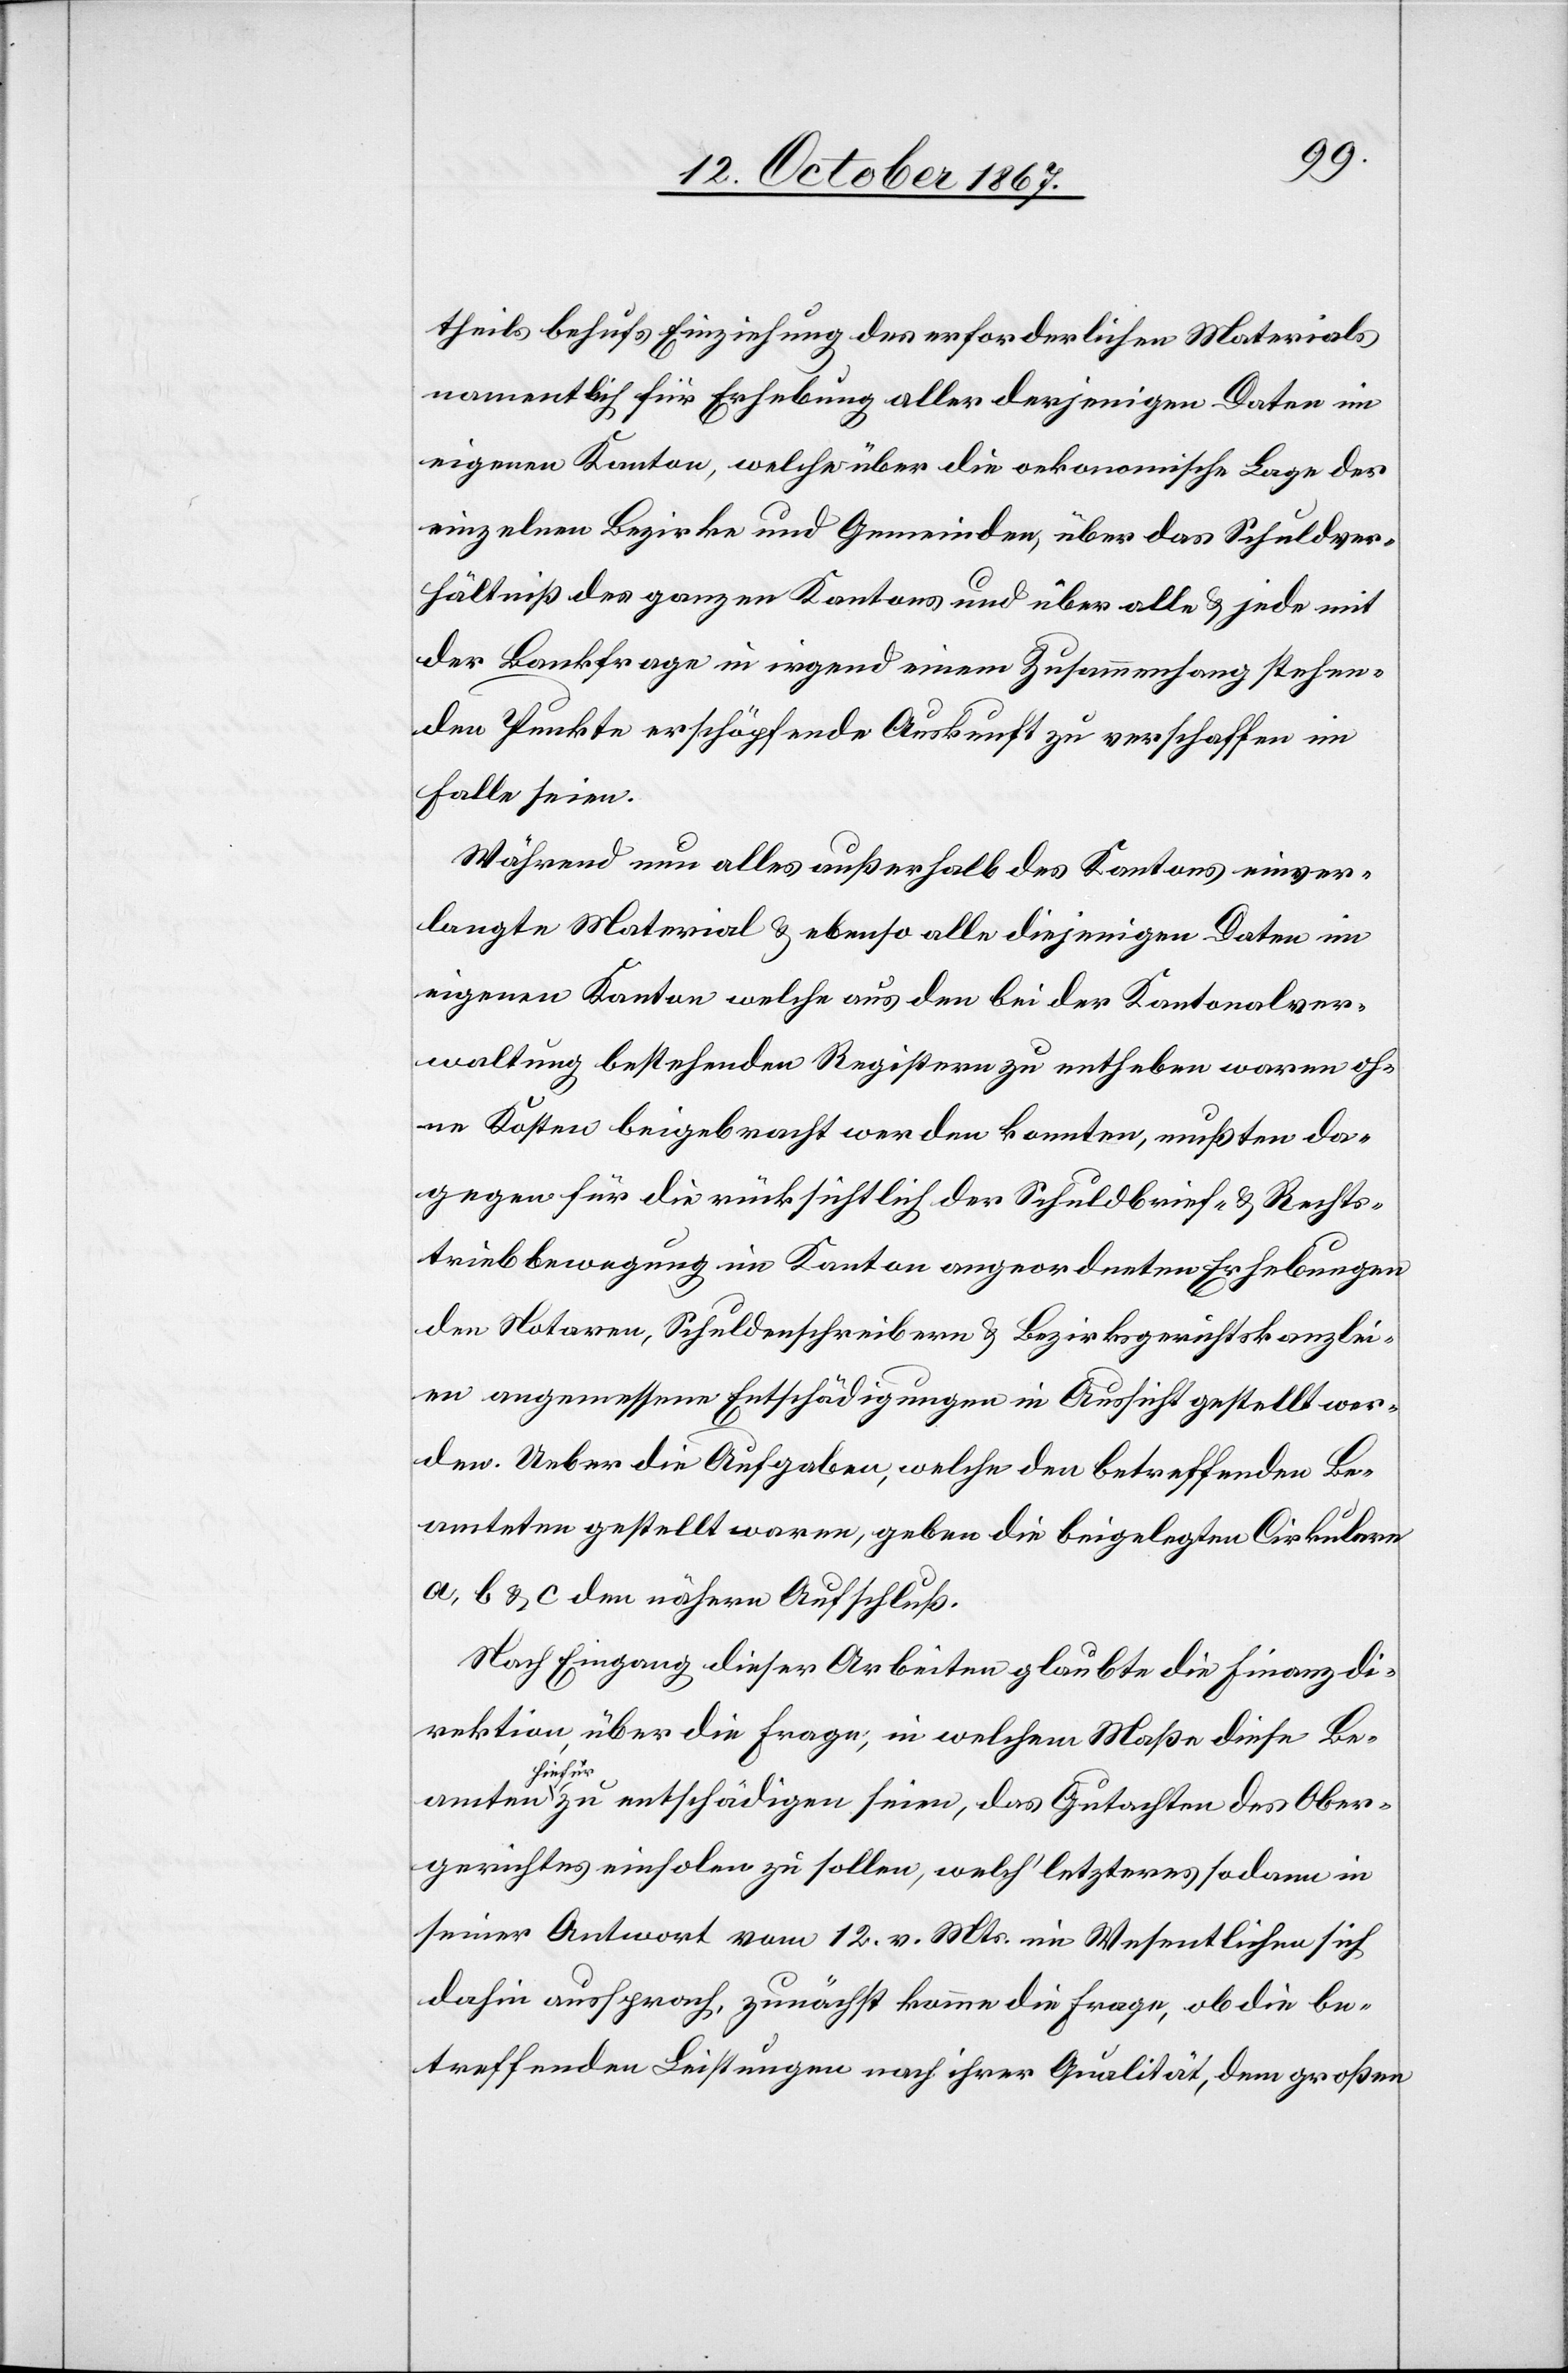
theils behufs Einziehung des erforderlichen Materials
namentlich für Erhebung aller derjenigen Daten im
eigenen Kanton, welche über die oekonomische Lage der
einzelnen Bezirke und Gemeinden, über das Schuldver¬
hältniß des ganzen Kantons und über alle u. jede mit
der Bankfrage in irgend einem Zusammenhang stehen¬
den Punkte erschöpfende Auskunft zu verschaffen im
Falle seien.
Während nun alles außerhalb des Kantons einver¬
langte Material u. ebenso alle diejenigen Daten im
eigenen Kanton welche aus den bei der Kantonalver¬
waltung bestehenden Registern zu entheben waren oh¬
ne Kosten beigebracht werden konnten, mußten da¬
gegen für die rücksichtlich der Schuldbrief- u. Rechts¬
triebbewegungen im Kanton angeordneten Erhebungen
den Notaren, Schuldenschreibern u. Bezirksgerichtskanzlei¬
en angemessene Entschädigungen in Aussicht gestellt wer¬
den. Ueber die Aufgaben, welche den betreffenden Be¬
amteten gestellt waren, geben die beigelegten Cirkulare
a, b u. c den nähern Aufschluß.
Nach Eingang dieser Arbeiten glaubte die Finanzdi¬
rektion über die Frage, in welchem Maße diese Bea¬
hiefü¬
r zu entschädigen seien, das Gutachten des Ober¬
gerichtes einholen zu sollen, welch‘ letzteres sodann in
seiner Antwort vom 12. v. Mts. im Wesentlichen sich
dahin aussprach, zunächst komme die Frage, ob die be¬
treffenden Leistungen nach ihrer Qualität, dem großen